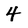
Character: 4